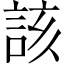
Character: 該